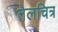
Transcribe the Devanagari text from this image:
तेलचित्र